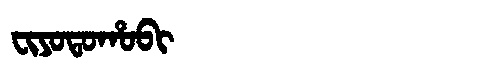
Manchu: ᠸᡳᠶᠣᡨᠣᡥᠣᠪᡳ
Romanization: FIYOTOHOBI